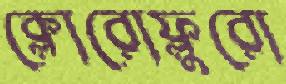
ক্লোরোফ্লুরো